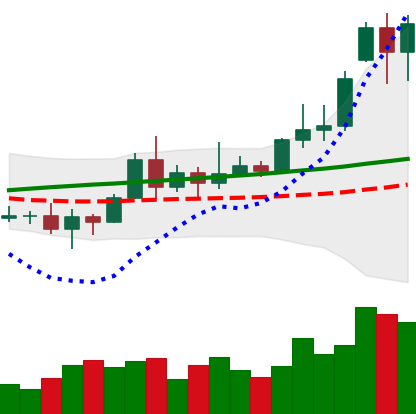
Ticker: XRP-USD
Chart end date: 2020-11-19
Forward return: 127.841%
Label: up_7plus